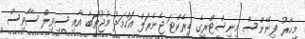
މިހާރު ފިނޭންސް މިނިސްޓްރީގެ ޑިރެކްޓަ ޖެނެރަލް އަހްމަދު މުޖުތަބާ އާއި ސިވިލް ސާވިސް